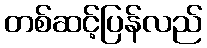
တစ်ဆင့်ပြန်လည်